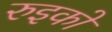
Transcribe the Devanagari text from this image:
रुइको